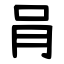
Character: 肙